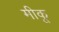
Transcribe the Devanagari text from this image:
मीकू